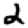
Digit: 2